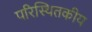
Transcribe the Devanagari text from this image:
परिस्थितकीय